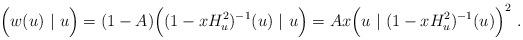
LaTeX: \begin{align*} \Big(w(u)\ |\ u\Big)=(1-A)\Big((1-xH_u^2)^{-1}(u)\ |\ u\Big)=Ax\Big(u\ |\ (1-xH_u^2)^{-1}(u)\Big)^2\ .\end{align*}